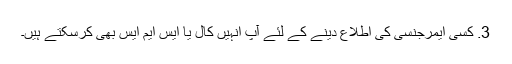
3. کسی ایمرجنسی کی اطلاع دینے کے لئے آپ انہیں کال یا ایس ایم ایس بھی کرسکتے ہیں۔